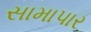
સામાપાર